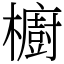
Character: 櫥